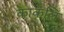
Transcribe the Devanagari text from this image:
काकलि